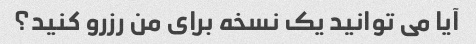
آیا می توانید یک نسخه برای من رزرو کنید؟